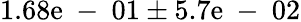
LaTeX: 1.68\mathrm{e}\mathrm{{~-~}}01\pm5.7\mathrm{e}\mathrm{{~-~}}02